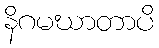
နိဂမဃာတာပိ